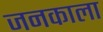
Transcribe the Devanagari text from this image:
जनकाला